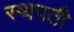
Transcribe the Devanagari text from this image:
स्थपती